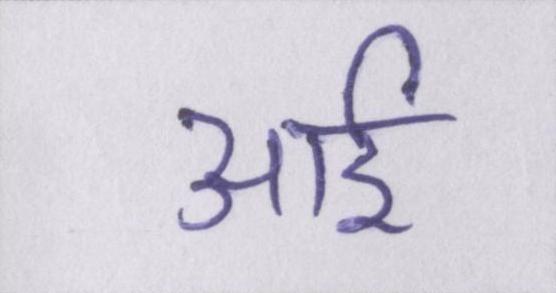
आई